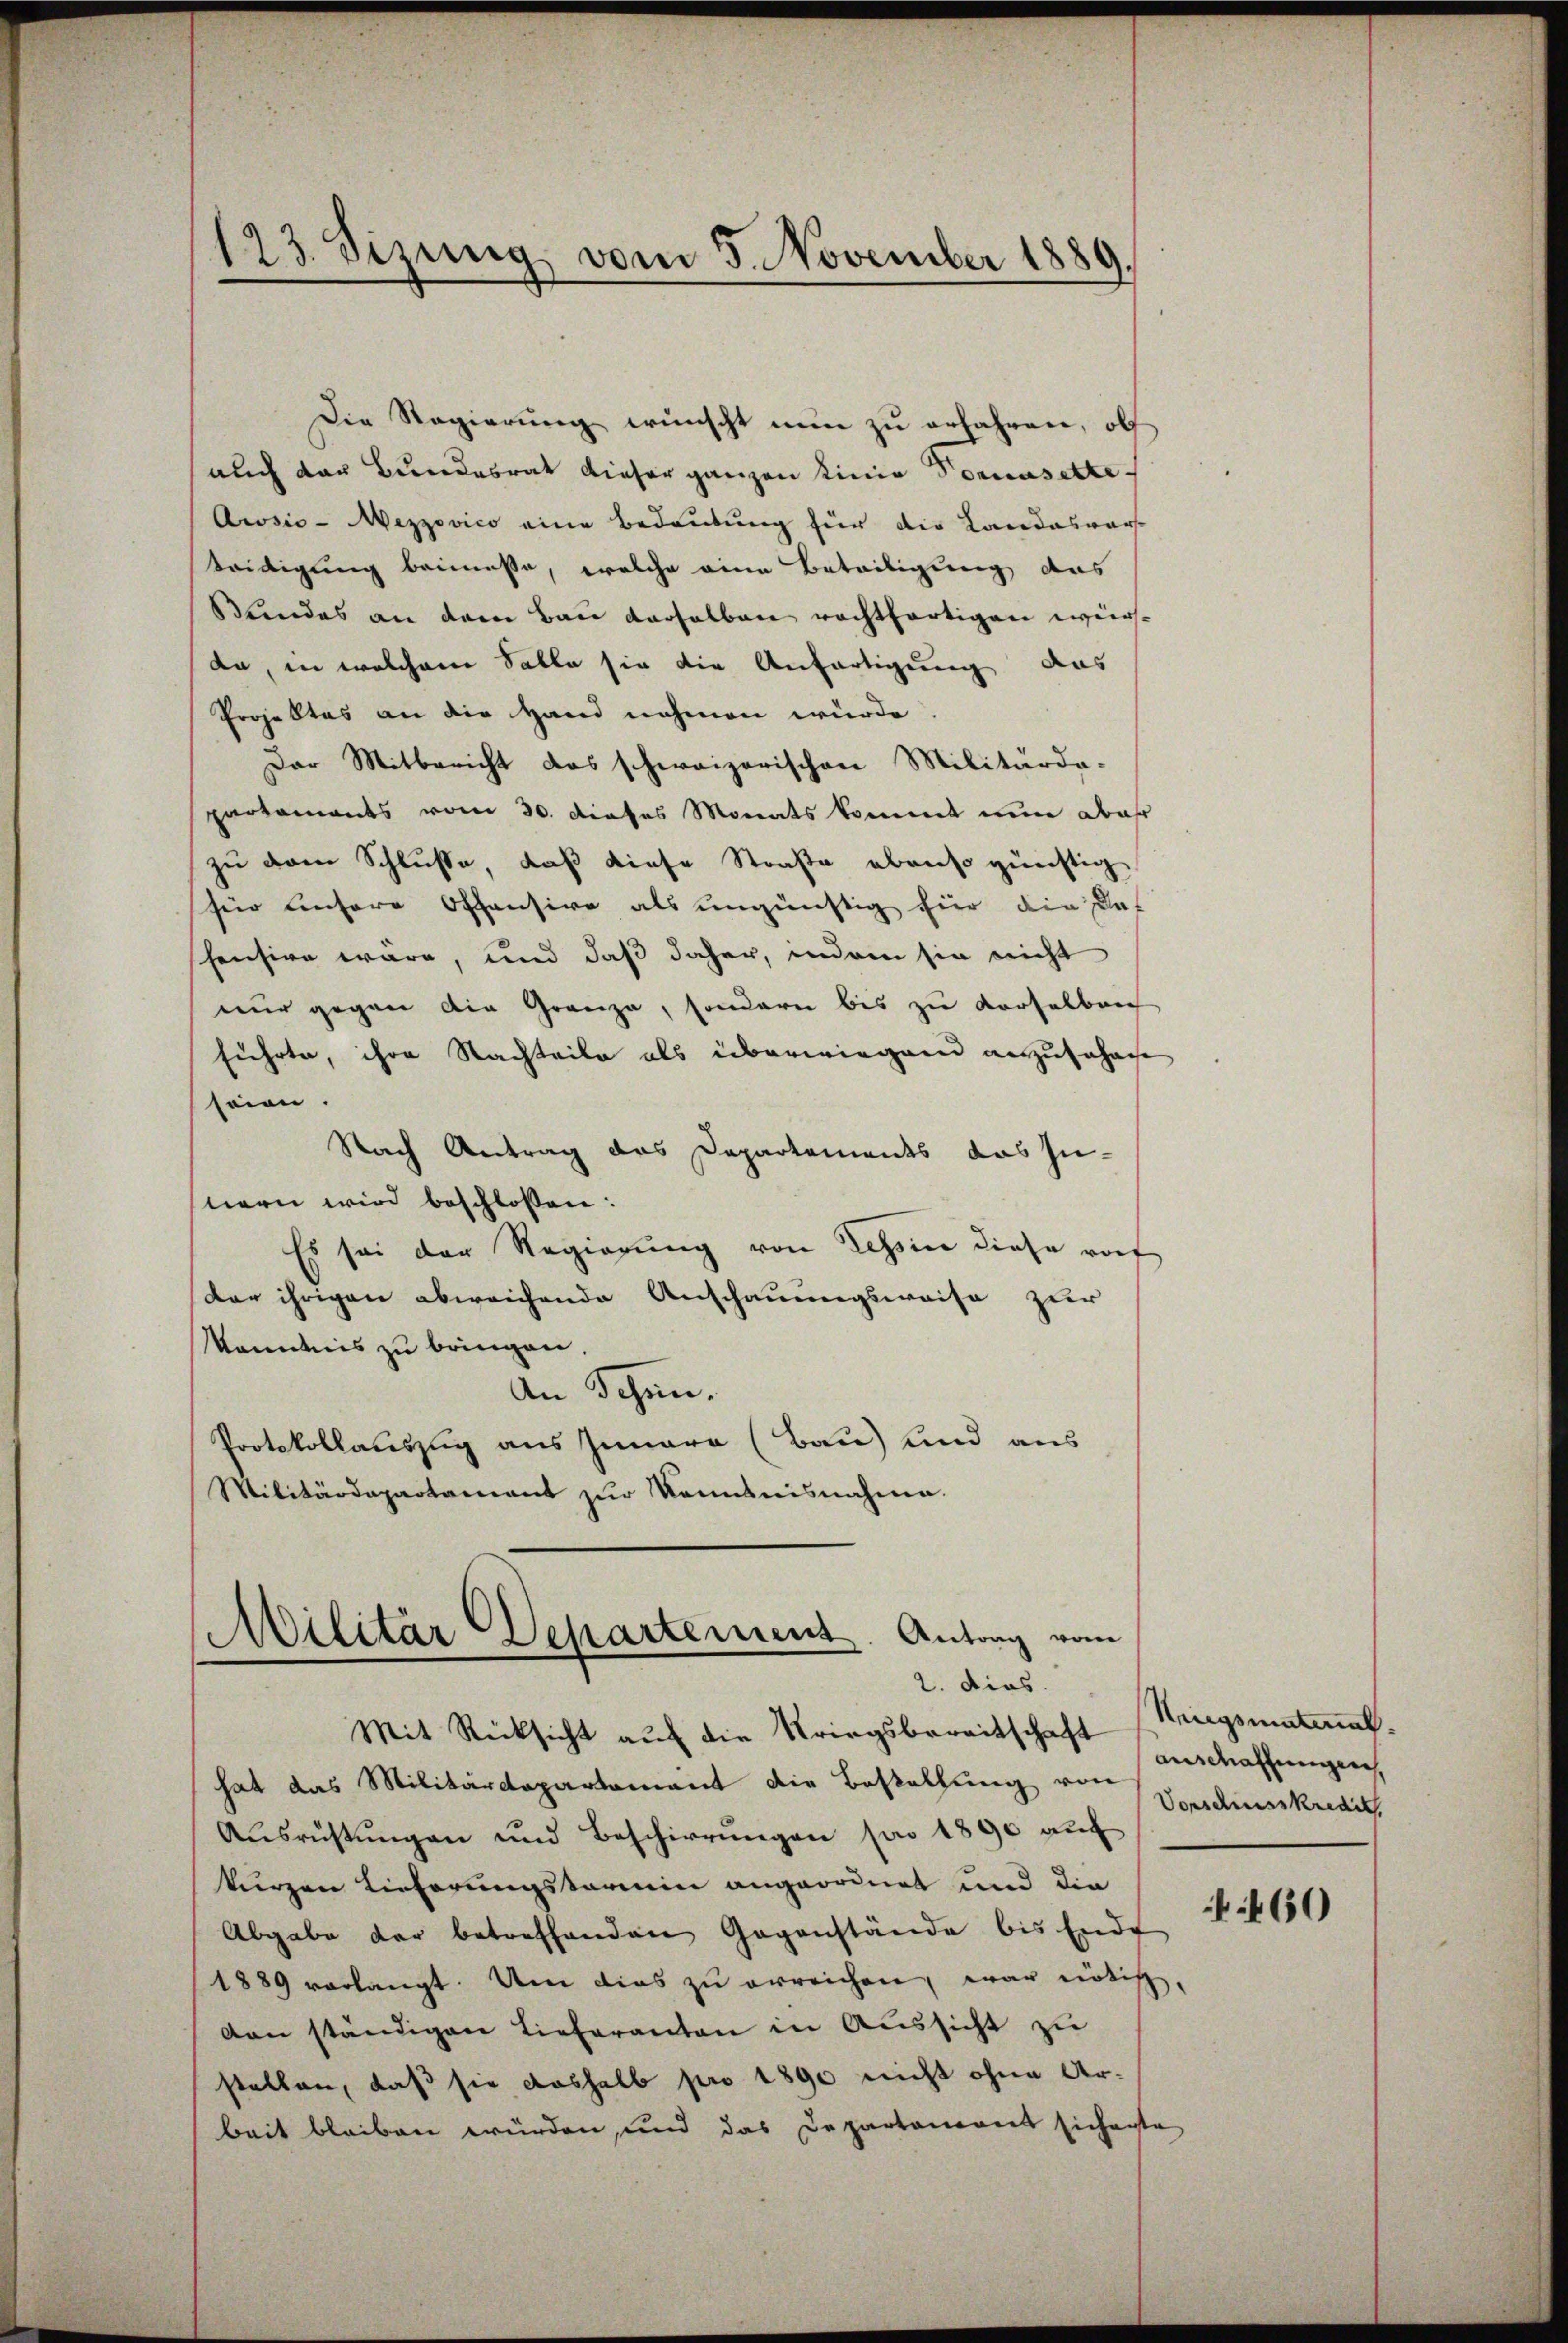
123. Sizung, vom 5. November 1889.

auch der Bundesrat dieser ganzen Linie Tomasette
Acosic-Wezzovico eine Bedeutung für die Landesver-
tredigung beimesse, welche eine Beteiligung das
Bundes an dem Bau derselben rechtfertigen würda, in welchem Salle sie die Anfertigung das
Projektes an die Hand nehmen würde.
Der Mitbericht das schweizerischen Militärda-
partements vom 30. dieses Monats kommt nun abaß
zu dem Schlusse, daß diese Straße ebenso günstig
für unsere Offensive als ungünstig hier die Daf
shension wäre, und daß daher, indem sie nicht
nur gegen die Grenze, sondern bis zu verselben
führte, ihre Nachteile als überwiegen auszuführe
seien.
Nach Antrag das Departements das In-
stern wird beschlossen:
Es sei der Regierung von Tessin diese vorf
dar ihrigen abweichende Anschauungsweise zur
Männtnis zu bringen.
An Schen.
Protokollauszug aus Iunara (Bau) und aus
Militärdepartament zur Kenntnisnahme.

Die Regierung wünscht nun zu erfahren, ob

Militär Departement. Antrag vom
2. dies
Mit Rücksicht auf die Kriegsbereitschaft anschaffungen,

hat das Militärdepartement die Bestellung von Vorschusskredit
Ausrüstungen und Beschirrungen pro 1890 auf
kurzen Lieferungskarmin angeordnet und die
Abgabe der betreffenden Gegenstände bis Ende
1889 vorlangt. Um dies zu erreichen, war nötig,
dan ständigen Lieferanton in Aŭssicht zu
stellen, daß sie aushalb pro 1890 nicht ohne Arbeit bleiben würden, und das Departemont sicherte

Kriegsmatinat.

460